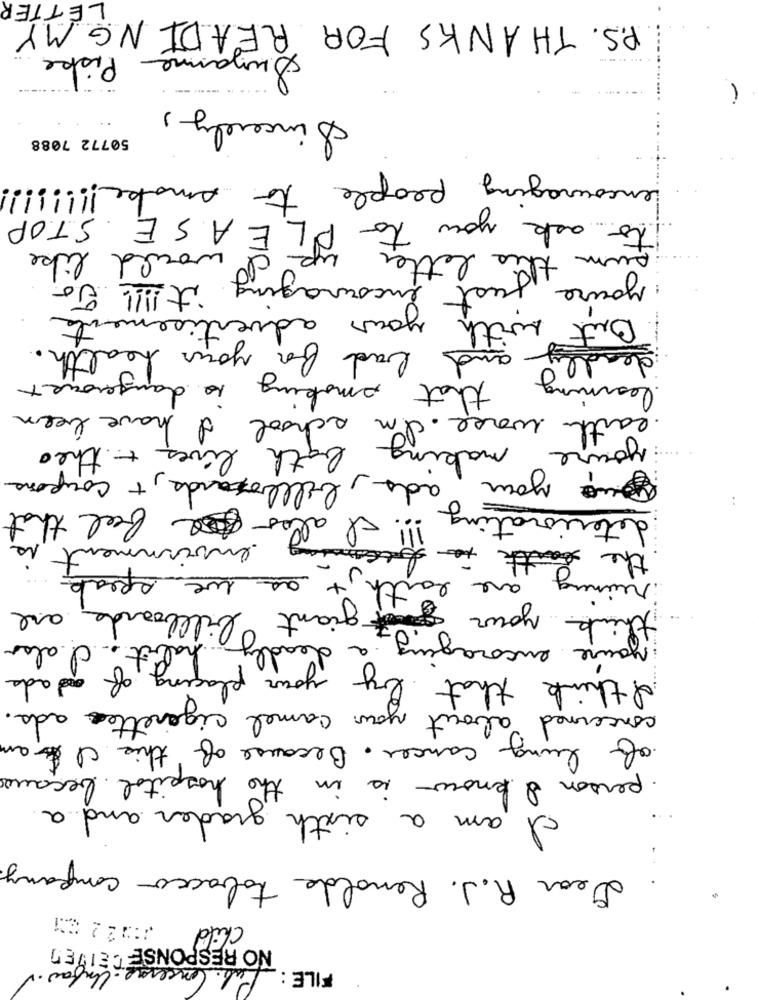
LETTER
P.S. THANKS FOR READING MY
Piske
Suzanne
Sincerely,
50772 7088
encouraging people to smoke !!!!
PLEASE STOP
to ask you to PLE
would like
this letter
: youre just
encouraging it !!!! To
your advertisements
with
But
bad for your health.
and
de
learning
that smoking is dangeroust
worse. I'm school I have been
· earth
making bath lives + theo
youre
que your ads, billboards, + coupon
!!! I also e feel that
deteriorating
environment is
the team
-
it as we speak
mg
are earth .
r
your giant billboards are
chink
habit. I also
you're encoraging a deadly
by your placing of dads
I think that ?
your camel cigarette ads.
concerned about
of lung cancer. Because of this I am
person I know is in the hospital because
I am a sixth grader and a
Dear R.J. Renolda tabacco company
Child
NO RESPONSE CEIVED
- Unfor
FILE : Pub. Concerne.